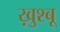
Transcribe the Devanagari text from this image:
ख़ुश्बू